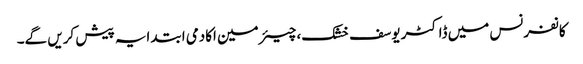
کانفرنس میں ڈاکٹر یوسف خشک، چیئرمین اکادمی ابتدایہ پیش کریں گے۔